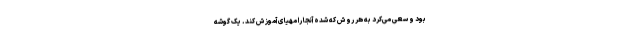
بود و سعی می‌کرد به هر روش که شده آنجا را مهیای آموزش کند. یک گوشه